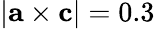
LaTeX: |{\mathbf{a}}\times{\mathbf{c}}|=0.3